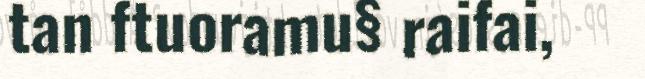
tan ftuoramu§ raifai,